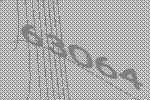
63064